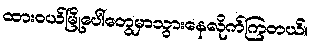
ထားဝယ်မြို့ပေါ်တွေမှာသွားနေလိုက်ကြတယ်။